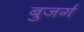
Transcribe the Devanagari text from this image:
बुजर्ग